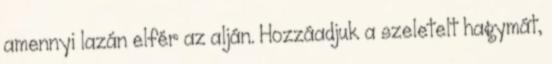
amennyi lazán elfér az alján. Hozzáadjuk a szeletelt hagymát,